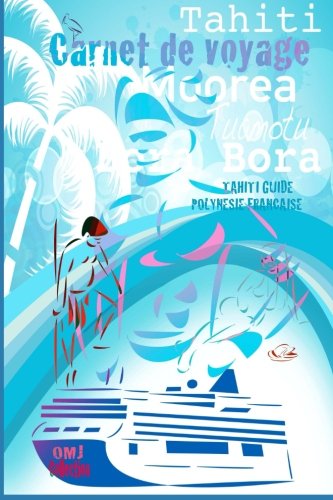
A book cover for Tahiti guide carnet de voyage. PolynÃ©sie FranÃ§aise: Guide PolynÃ©sie franÃ§aise. Carnet de voyage. Guide touristique & residents de Tahiti. Polynesie ... journal french polynesia (French Edition); O M J; Travel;